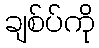
ချစ်ပ်ကို